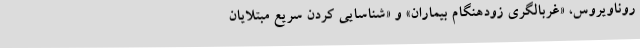
روناویروس، «غربالگری زودهنگام بیماران» و «شناسایی کردن سریع مبتلایان